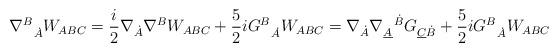
LaTeX: \begin{align*}\nabla_{\ \ \dot A}^B W_{ABC}=\frac{i}{2} \nabla_{\dot A} \nabla^B W_{ABC}+\frac{5}{2}i G_{\ \ \dot A}^B W_{ABC} = \nabla_{\dot A}\nabla^{\ \ \dot B}_{\underline{A}} G_{\underline{C} \dot B}+\frac{5}{2}i G_{\ \ \dot A}^B W_{ABC} \end{align*}